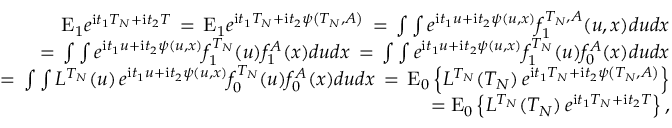
\begin{array} { r l r } & { } & { \mathrm { E } _ { 1 } e ^ { \mathrm { i } t _ { 1 } T _ { N } + \mathrm { i } t _ { 2 } T } \, = \, \mathrm { E } _ { 1 } e ^ { \mathrm { i } t _ { 1 } T _ { N } + \mathrm { i } t _ { 2 } \psi \left( T _ { N } , A \right) } \, = \, \int \int e ^ { \mathrm { i } t _ { 1 } u + \mathrm { i } t _ { 2 } \psi \left( u , x \right) } f _ { 1 } ^ { T _ { N } , A } ( u , x ) d u d x } \\ & { } & { \qquad = \, \int \int e ^ { \mathrm { i } t _ { 1 } u + \mathrm { i } t _ { 2 } \psi \left( u , x \right) } f _ { 1 } ^ { T _ { N } } ( u ) f _ { 1 } ^ { A } ( x ) d u d x \, = \, \int \int e ^ { \mathrm { i } t _ { 1 } u + \mathrm { i } t _ { 2 } \psi \left( u , x \right) } f _ { 1 } ^ { T _ { N } } ( u ) f _ { 0 } ^ { A } ( x ) d u d x } \\ & { } & { \qquad = \, \int \int L ^ { T _ { N } } ( u ) \, e ^ { \mathrm { i } t _ { 1 } u + \mathrm { i } t _ { 2 } \psi \left( u , x \right) } f _ { 0 } ^ { T _ { N } } ( u ) f _ { 0 } ^ { A } ( x ) d u d x \, = \, \mathrm { E } _ { 0 } \left\{ L ^ { T _ { N } } ( T _ { N } ) \, e ^ { \mathrm { i } t _ { 1 } T _ { N } + \mathrm { i } t _ { 2 } \psi \left( T _ { N } , A \right) } \right\} } \\ & { } & { = \mathrm { E } _ { 0 } \left\{ L ^ { T _ { N } } ( T _ { N } ) \, e ^ { \mathrm { i } t _ { 1 } T _ { N } + \mathrm { i } t _ { 2 } T } \right\} , } \end{array}